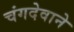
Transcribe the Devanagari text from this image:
चंगदेवाने